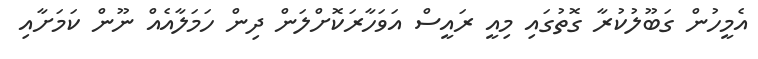
އެމީހުން ގަބޫލުކުރާ ގޮތުގައި މިއީ ރައީސް އަވަހާރަކޮށްލަން ދިން ހަމަލާއެއް ނޫން ކަމަށާއި